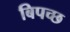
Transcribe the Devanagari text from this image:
बिपच्छ